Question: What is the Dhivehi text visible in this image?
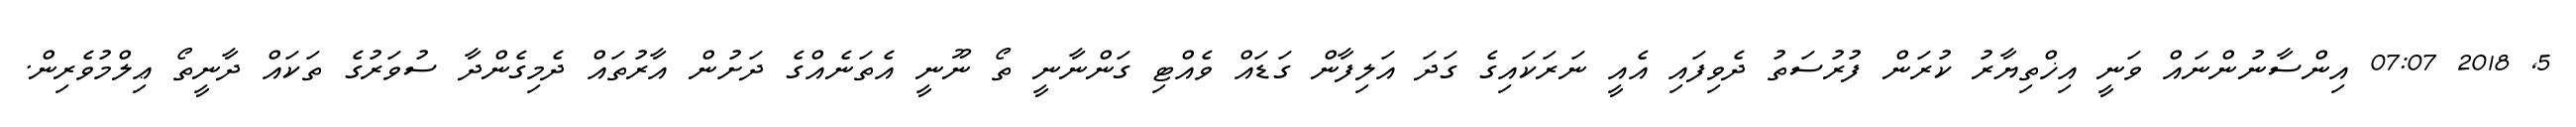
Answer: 5, 2018 07:07 އިންސާނުންނައް ވަނީ އިޚްތިޔާރު ކުރަން ފުރުސަތު ދެވިފައި އެއީ ނަރަކައިގެ ގަދަ އަލިފާން ގަޑައް ވެއްޓި ގަންނާނީ ތޯ ނޫނީ އެތަނެއްގެ ދަށުން އާރުތައް ދެމިގެންދާ ސުވަރުގެ ތަކައް ދާނީތޯ ޢިލްމުވެރިން.